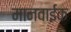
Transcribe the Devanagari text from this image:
मानवाईक